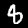
Label: 8